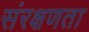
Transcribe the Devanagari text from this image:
संरक्षणता